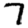
Digit: 7